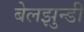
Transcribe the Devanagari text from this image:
बेलझुन्डी